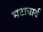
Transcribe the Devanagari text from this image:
भटाचार्य